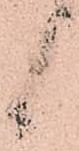
候